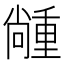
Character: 𡮵